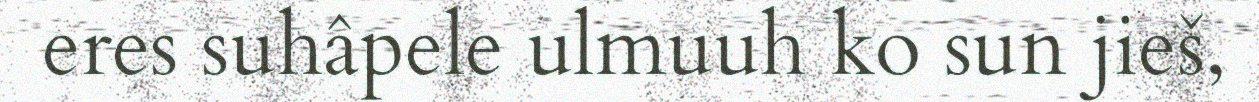
eres suhâpele ulmuuh ko sun jieš,